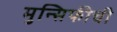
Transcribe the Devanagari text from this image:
मुन्सिफीची